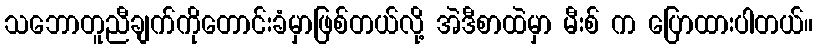
သဘောတူညီချက်ကိုတောင်းခံမှာဖြစ်တယ်လို့ အဲဒီစာထဲမှာ မီးစ် က ပြောထားပါတယ်။